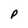
Character: P